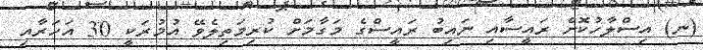
(ނ) އިސްލާހުކޮށް ރައީސާއި ނައިބު ރައީސްގެ މަގާމަށް ކުރިމަތިލެވޭ އުމުރަކީ 30 އަހަރާއި